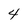
Character: 4